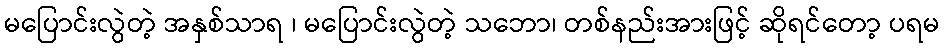
မပြောင်းလွဲတဲ့ အနှစ်သာရ ၊ မပြောင်းလွဲတဲ့ သဘော၊ တစ်နည်းအားဖြင့် ဆိုရင်တော့ ပရမ